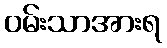
ဝမ်းသာအားရ